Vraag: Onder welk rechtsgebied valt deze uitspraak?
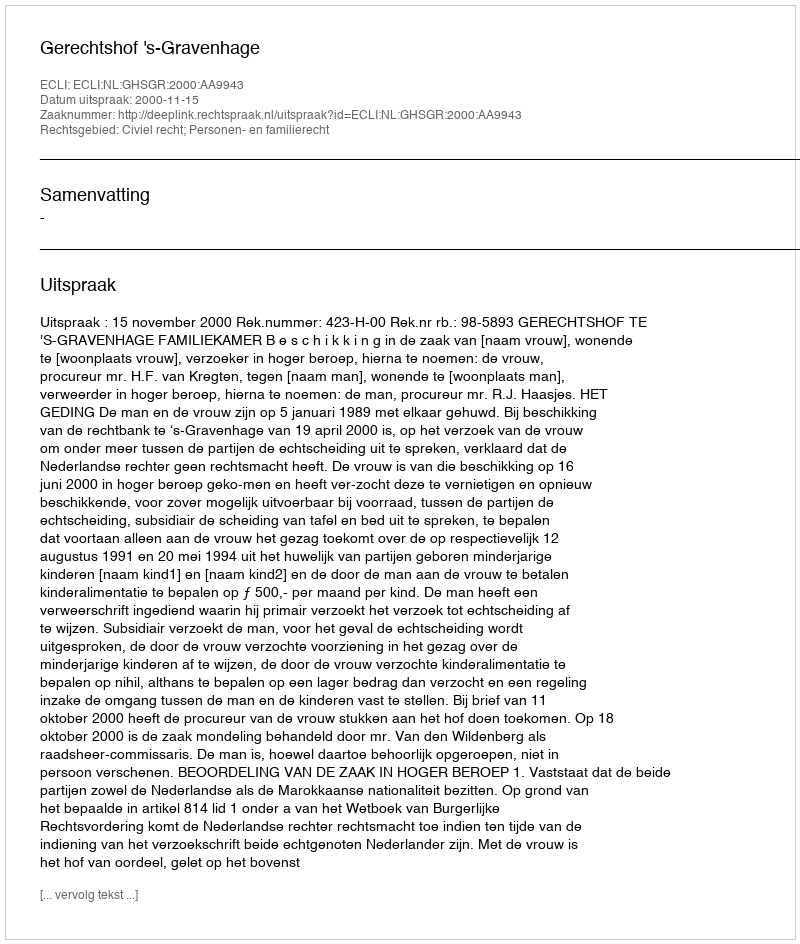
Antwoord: Civiel recht; Personen- en familierecht